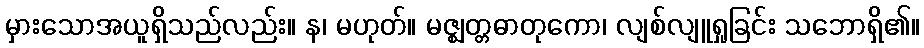
မှားသောအယူရှိသည်လည်း။ န၊ မဟုတ်။ မဇ္ဈတ္တဓာတုကော၊ လျစ်လျူရှုခြင်း သဘောရှိ၏။